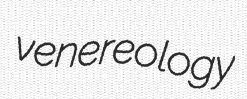
venereology